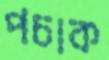
পচাক